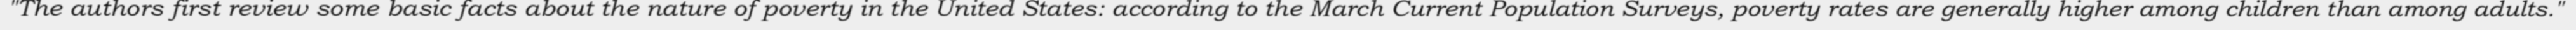
"The authors first review some basic facts about the nature of poverty in the United States: according to the March Current Population Surveys, poverty rates are generally higher among children than among adults."